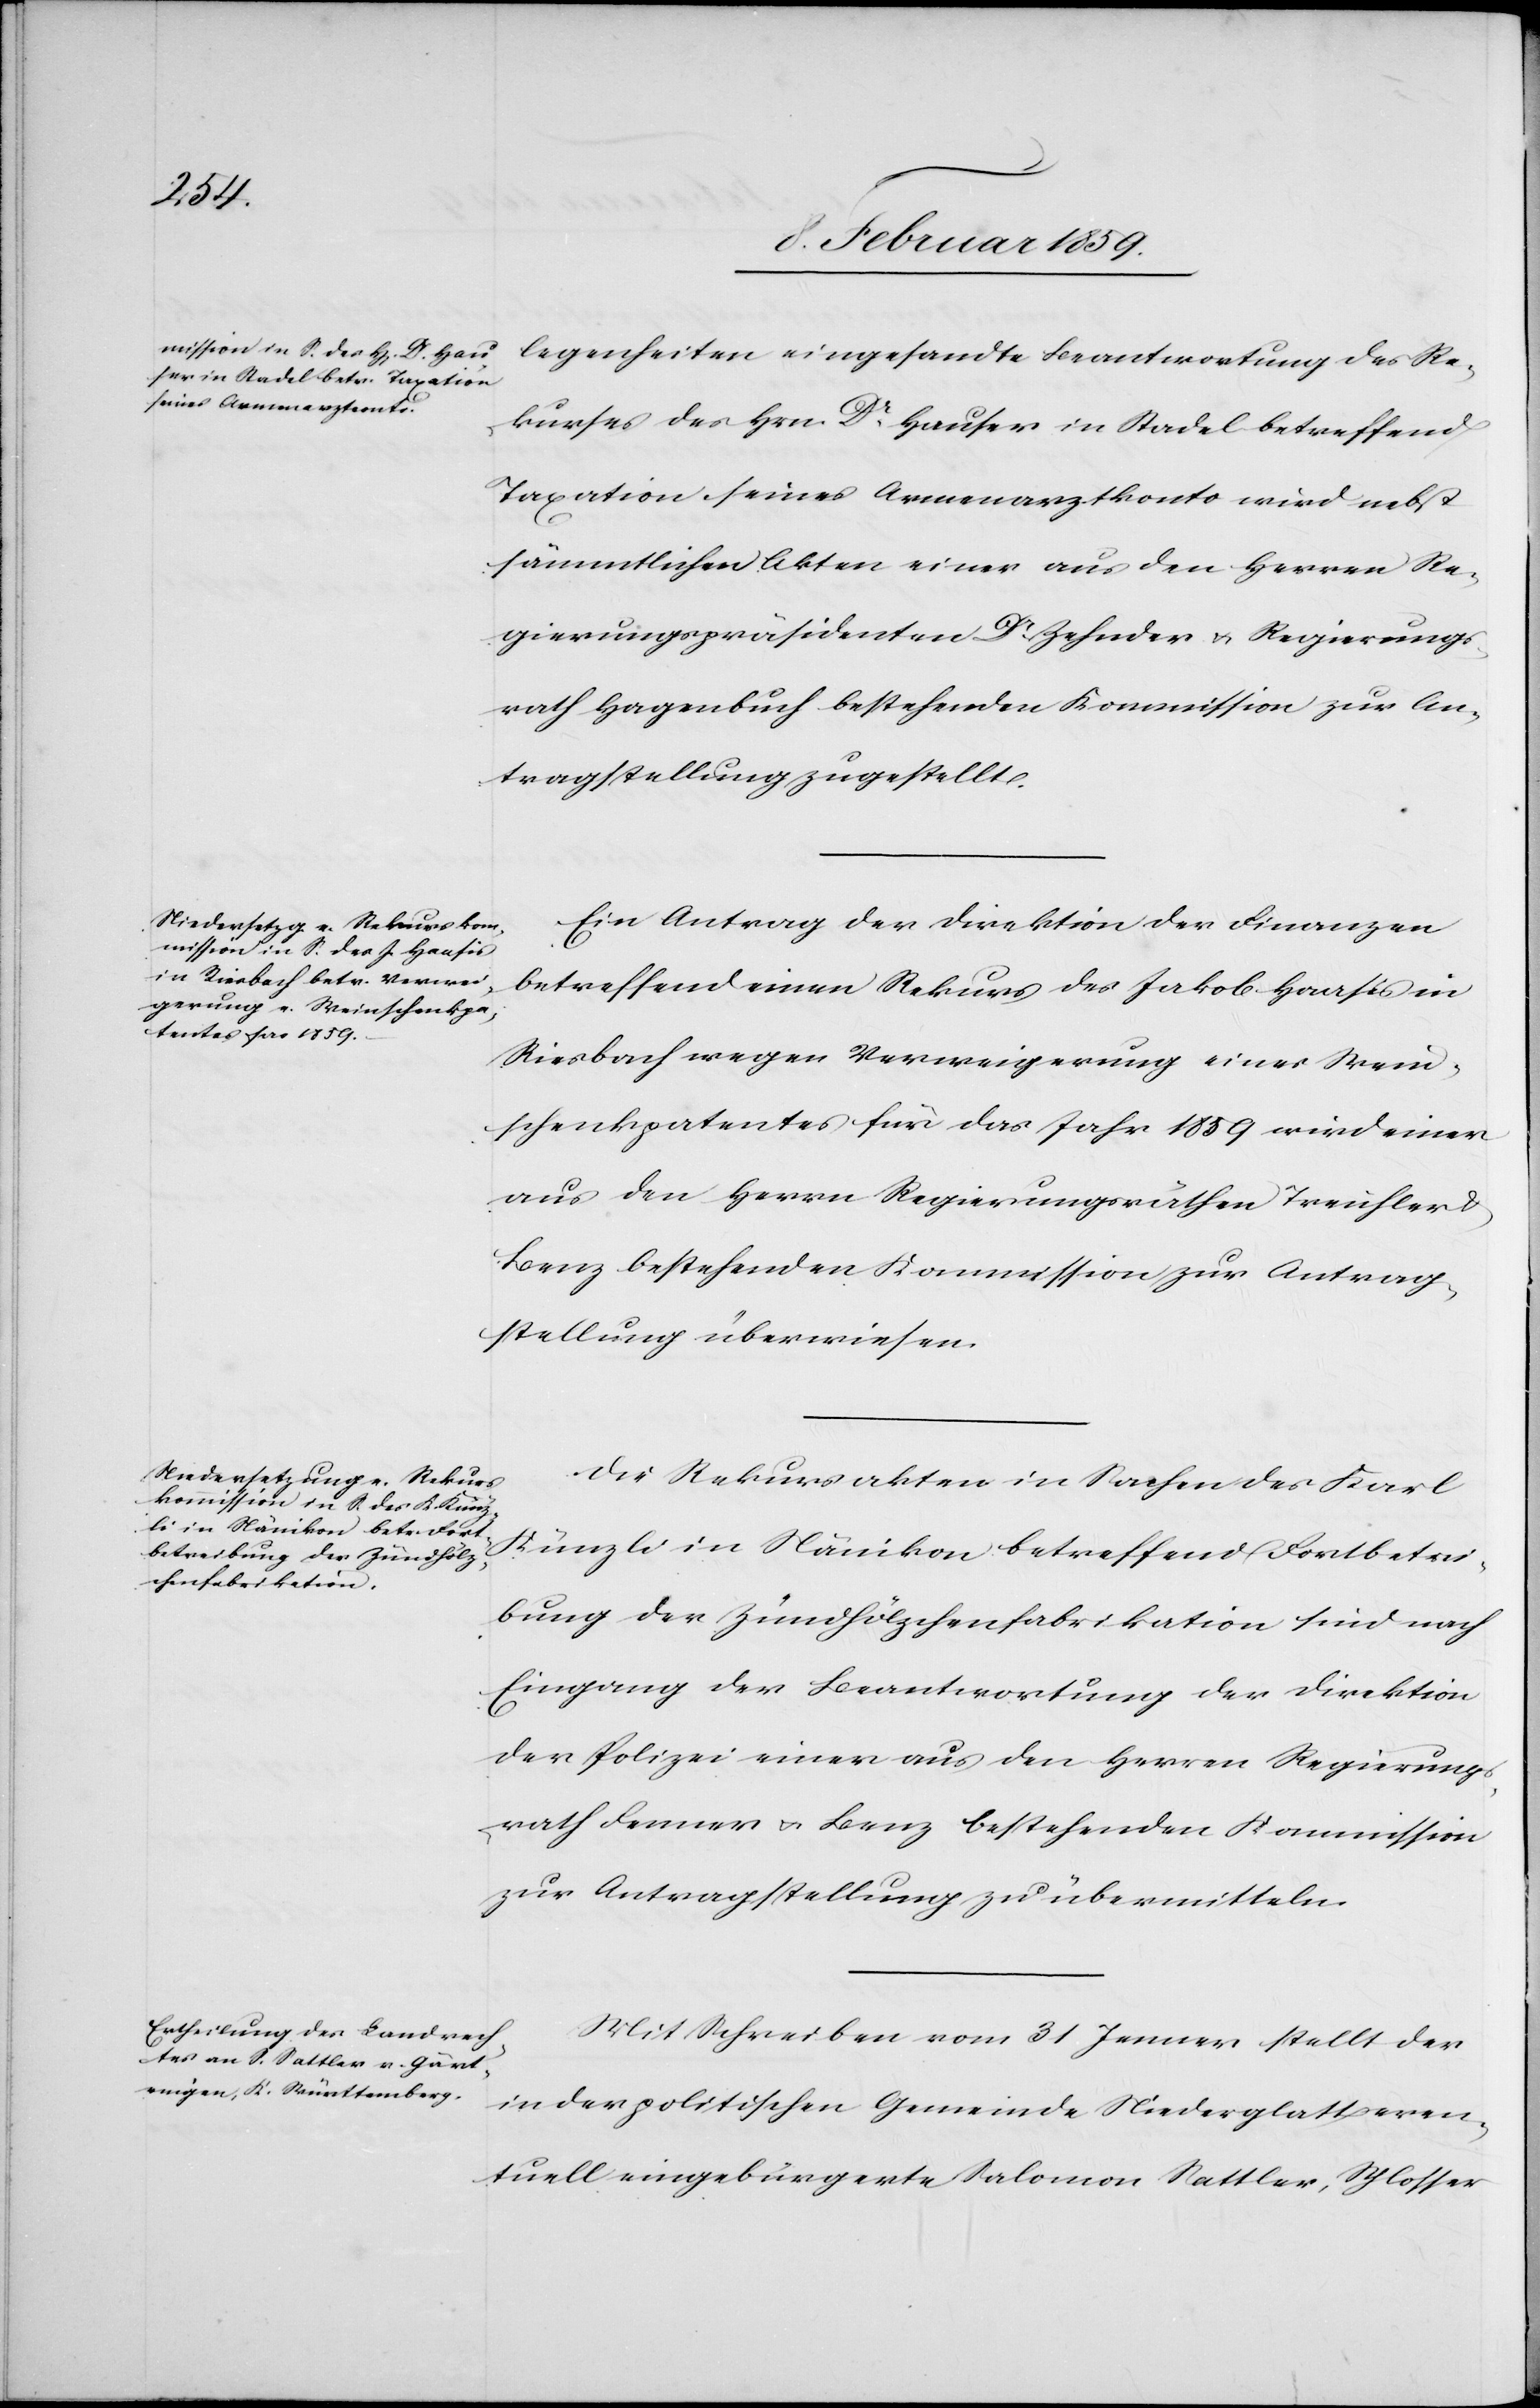
legenheiten eingesandte Beantwortung des Re¬
kurses des Hrn. Dr. Hauser in Stadel betreffend
Taxation seines Armenarztkonto wird nebst
sämmtlichen Akten einer aus den Herren Re¬
gierungspräsidenten Dr. Zehnder u. Regierungs¬
rath Hagenbuch bestehenden Kommission zur An¬
tragstellung zugestellt.
Ein Antrag der Direktion der Finanzen
betreffend einen Rekurs des Jakob Haasis in
Riesbach wegen Verweigerung eines Wein¬
schenkpatentes für das Jahr 1859 wird einer
aus den Herrn Regierungsräthen Treichler &
Benz bestehenden Kommission zur Antrag¬
stellung überwiesen.
Die Rekursakten in Sachen des Karl
Künzli in Nänikon betreffend Fortbetrei¬
bung der Zündhölzchenfabrikation sind nach
Eingang der Beantwortung der Direktion
der Polizei einer aus den Herren Regierungs¬
rath Fenner u. Benz bestehenden Kommission
zur Antragstellung zu übermitteln.
Mit Schreiben vom 31 Januar stellt der
in der politischen Gemeinde Niederglatt even¬
tuell eingebürgerte Salomon Sattler, Schlosser